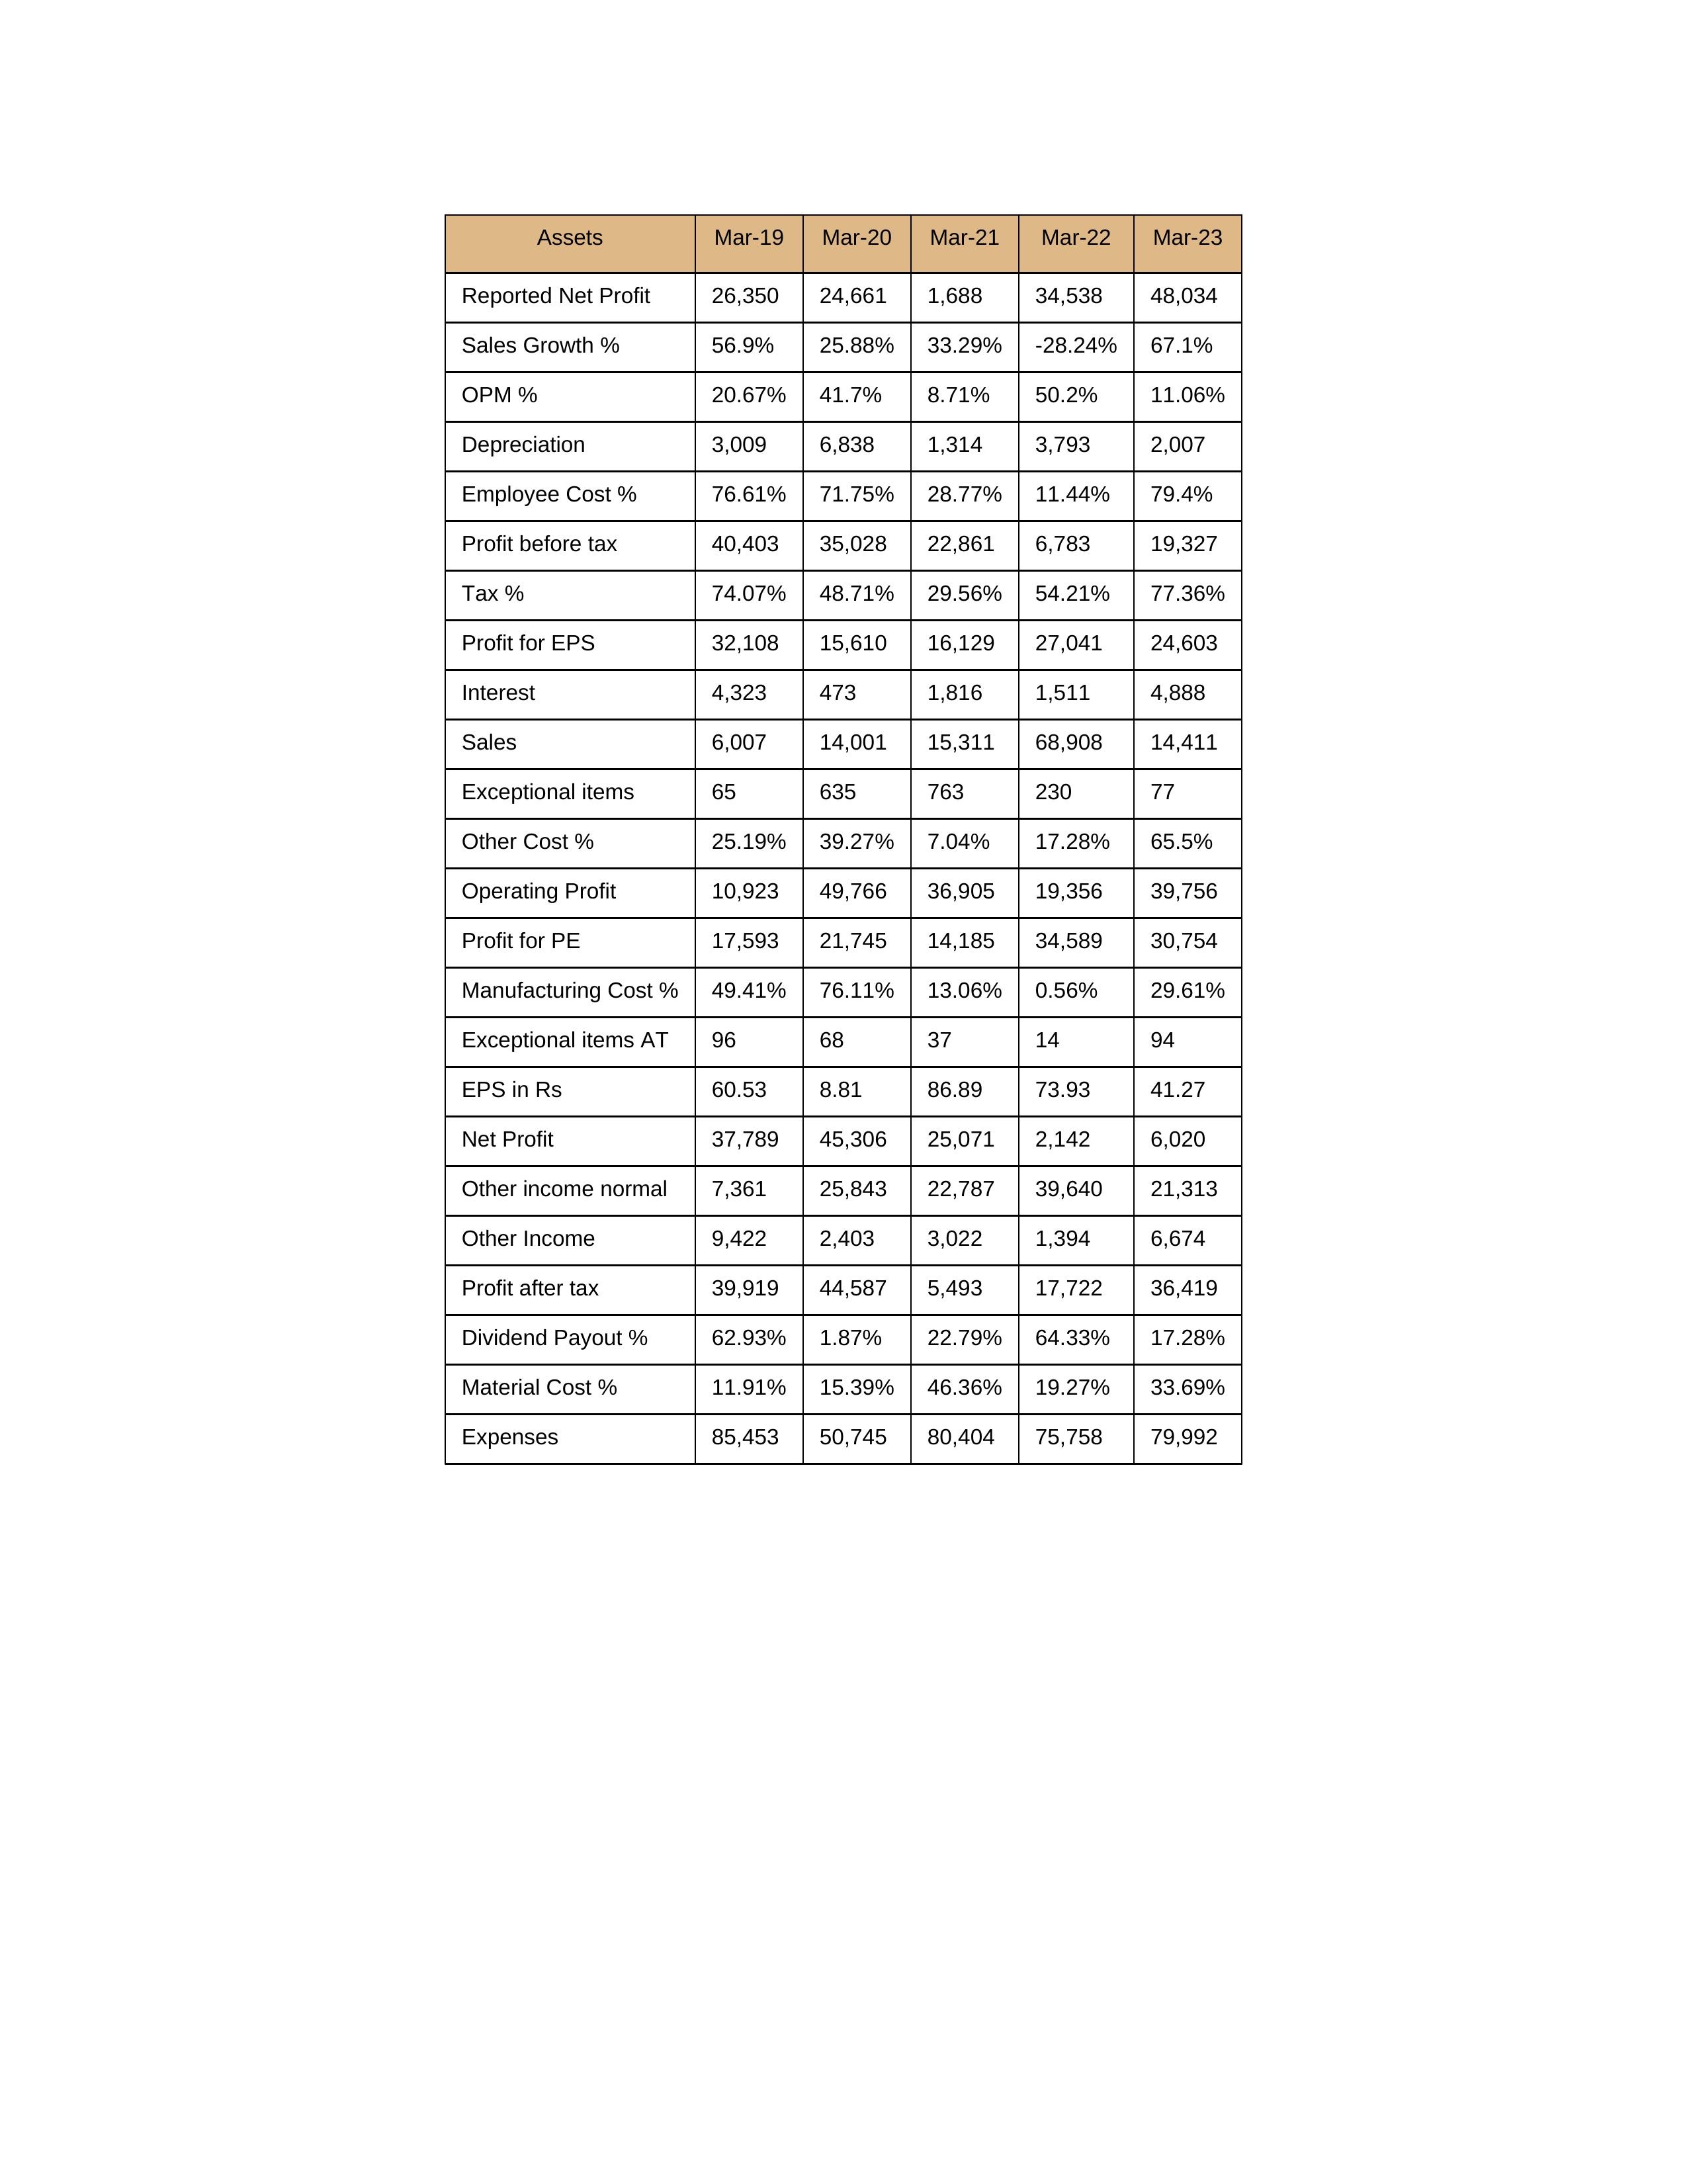
gt_parse: Mar-19: Sales: 6,007
Sales Growth %: 56.9%
Expenses: 85,453
Material Cost %: 11.91%
Manufacturing Cost %: 49.41%
Employee Cost %: 76.61%
Other Cost %: 25.19%
Operating Profit: 10,923
OPM %: 20.67%
Other Income: 9,422
Exceptional items: 65
Other income normal: 7,361
Interest: 4,323
Depreciation: 3,009
Profit before tax: 40,403
Tax %: 74.07%
Net Profit: 37,789
Profit after tax: 39,919
Reported Net Profit: 26,350
Profit for EPS: 32,108
Exceptional items AT: 96
Profit for PE: 17,593
EPS in Rs: 60.53
Dividend Payout %: 62.93%
Mar-20: Sales: 14,001
Sales Growth %: 25.88%
Expenses: 50,745
Material Cost %: 15.39%
Manufacturing Cost %: 76.11%
Employee Cost %: 71.75%
Other Cost %: 39.27%
Operating Profit: 49,766
OPM %: 41.7%
Other Income: 2,403
Exceptional items: 635
Other income normal: 25,843
Interest: 473
Depreciation: 6,838
Profit before tax: 35,028
Tax %: 48.71%
Net Profit: 45,306
Profit after tax: 44,587
Reported Net Profit: 24,661
Profit for EPS: 15,610
Exceptional items AT: 68
Profit for PE: 21,745
EPS in Rs: 8.81
Dividend Payout %: 1.87%
Mar-21: Sales: 15,311
Sales Growth %: 33.29%
Expenses: 80,404
Material Cost %: 46.36%
Manufacturing Cost %: 13.06%
Employee Cost %: 28.77%
Other Cost %: 7.04%
Operating Profit: 36,905
OPM %: 8.71%
Other Income: 3,022
Exceptional items: 763
Other income normal: 22,787
Interest: 1,816
Depreciation: 1,314
Profit before tax: 22,861
Tax %: 29.56%
Net Profit: 25,071
Profit after tax: 5,493
Reported Net Profit: 1,688
Profit for EPS: 16,129
Exceptional items AT: 37
Profit for PE: 14,185
EPS in Rs: 86.89
Dividend Payout %: 22.79%
Mar-22: Sales: 68,908
Sales Growth %: -28.24%
Expenses: 75,758
Material Cost %: 19.27%
Manufacturing Cost %: 0.56%
Employee Cost %: 11.44%
Other Cost %: 17.28%
Operating Profit: 19,356
OPM %: 50.2%
Other Income: 1,394
Exceptional items: 230
Other income normal: 39,640
Interest: 1,511
Depreciation: 3,793
Profit before tax: 6,783
Tax %: 54.21%
Net Profit: 2,142
Profit after tax: 17,722
Reported Net Profit: 34,538
Profit for EPS: 27,041
Exceptional items AT: 14
Profit for PE: 34,589
EPS in Rs: 73.93
Dividend Payout %: 64.33%
Mar-23: Sales: 14,411
Sales Growth %: 67.1%
Expenses: 79,992
Material Cost %: 33.69%
Manufacturing Cost %: 29.61%
Employee Cost %: 79.4%
Other Cost %: 65.5%
Operating Profit: 39,756
OPM %: 11.06%
Other Income: 6,674
Exceptional items: 77
Other income normal: 21,313
Interest: 4,888
Depreciation: 2,007
Profit before tax: 19,327
Tax %: 77.36%
Net Profit: 6,020
Profit after tax: 36,419
Reported Net Profit: 48,034
Profit for EPS: 24,603
Exceptional items AT: 94
Profit for PE: 30,754
EPS in Rs: 41.27
Dividend Payout %: 17.28%